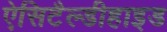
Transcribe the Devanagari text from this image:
ऐसिटैल्डीहाइड